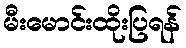
မီးမောင်းထိုးပြရန်